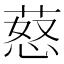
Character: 𦵚